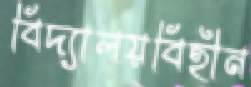
বিদ্যালয়বিহীন